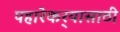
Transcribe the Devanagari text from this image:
पहारेकर्‍यासाठी